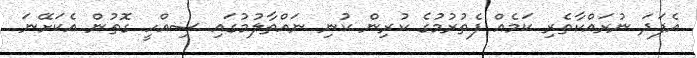
އެފަދަ ނުރައްކާތެރި ކަމެއް ފެތުރުމުގެ ކުރިން ކުނި ނައްތާލުމުގައި ސިއްހީ ގޮތުން އެކަށޭނަ